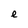
Character: e